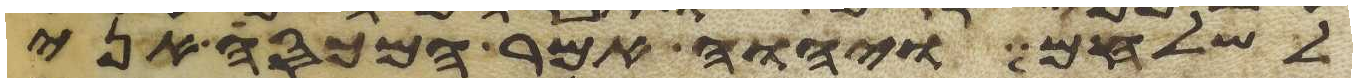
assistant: לשלחם ויהוה אמר המכסה אני